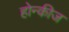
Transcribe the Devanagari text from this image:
होन्कीज